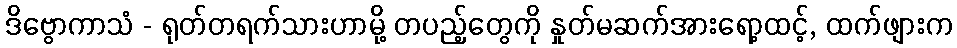
ဒိဗွောကာသံ - ရုတ်တရက်သားဟာမို့ တပည့်တွေကို နှုတ်မဆက်အားရော့ထင့်, ထက်ဖျားက